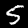
Digit: 5